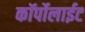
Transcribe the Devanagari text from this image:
कॉर्पोलाईट